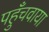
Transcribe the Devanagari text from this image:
पहुँचवाया